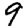
Digit: 9